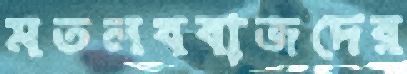
মতলববাজদের